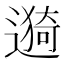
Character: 𫑁